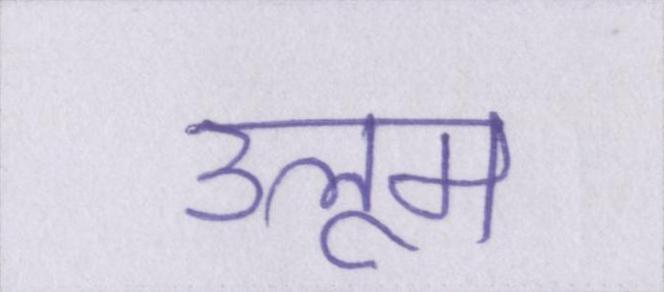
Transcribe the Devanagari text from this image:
उलूम